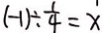
( - 1 ) \div \frac { 1 } { 4 } = x